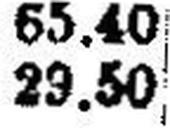
29.50